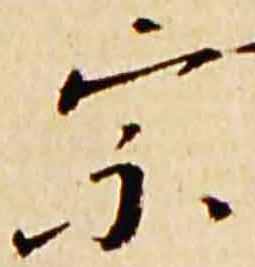
宗